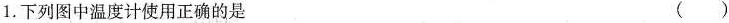
1.下列图中温度计使用正确的是 ( )